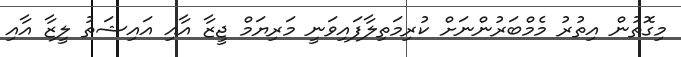
މިގޮތުން އިތުރު މެމްބަރުންނަށް ކުރިމަތިލާފައިވަނީ މަރިޔަމް ޖީޒާ އާއި އައިޝަތު ލީޒާ އާއި